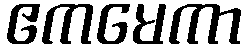
ဧကမေကာ